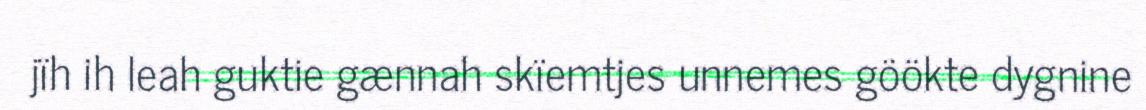
jïh ih leah guktie gænnah skïemtjes unnemes göökte dygnine